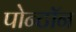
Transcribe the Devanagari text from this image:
पोन्टॉन